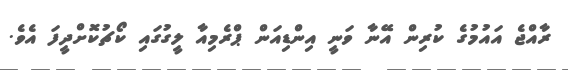
ރާއްޖެ އައުމުގެ ކުރިން އޭނާ ވަނީ އިންޑިއަން ޕްރެމިއާ ލީގުގައި ކޯޗުކޮށްދީފަ އެވެ.